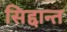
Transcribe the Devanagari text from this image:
सिद्दान्त